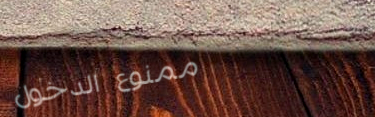
ممنوع الدخول